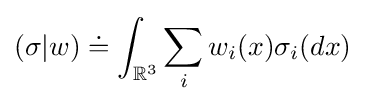
(\sigma |w)\doteq \int _{{\mathbb {R} }^{3}}\sum _{i}w_{i}(x)\sigma _{i}(dx)